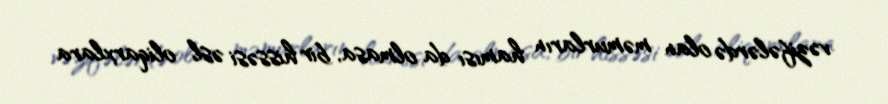
vəzifələrdə olan məmurların hamısı da olmasa, bir hissəsi əsl oliqarxlara